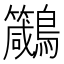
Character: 𪈁